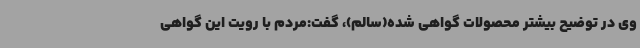
وی در توضیح بیشتر محصولات گواهی شده(سالم)، گفت:مردم با رویت این گواهی